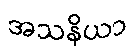
အသနိယာ